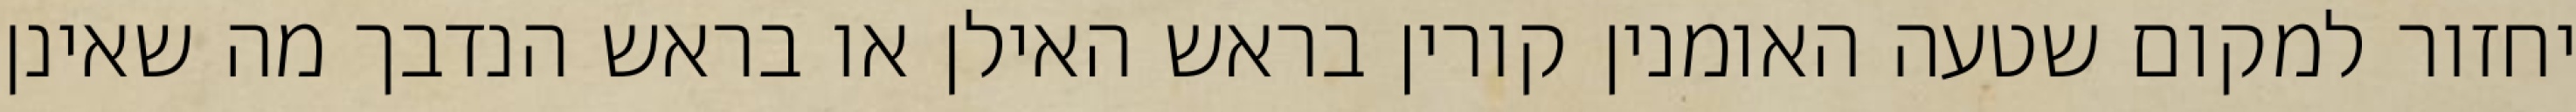
יחזור למקום שטעה האומנין קורין בראש האילן או בראש הנדבך מה שאינן